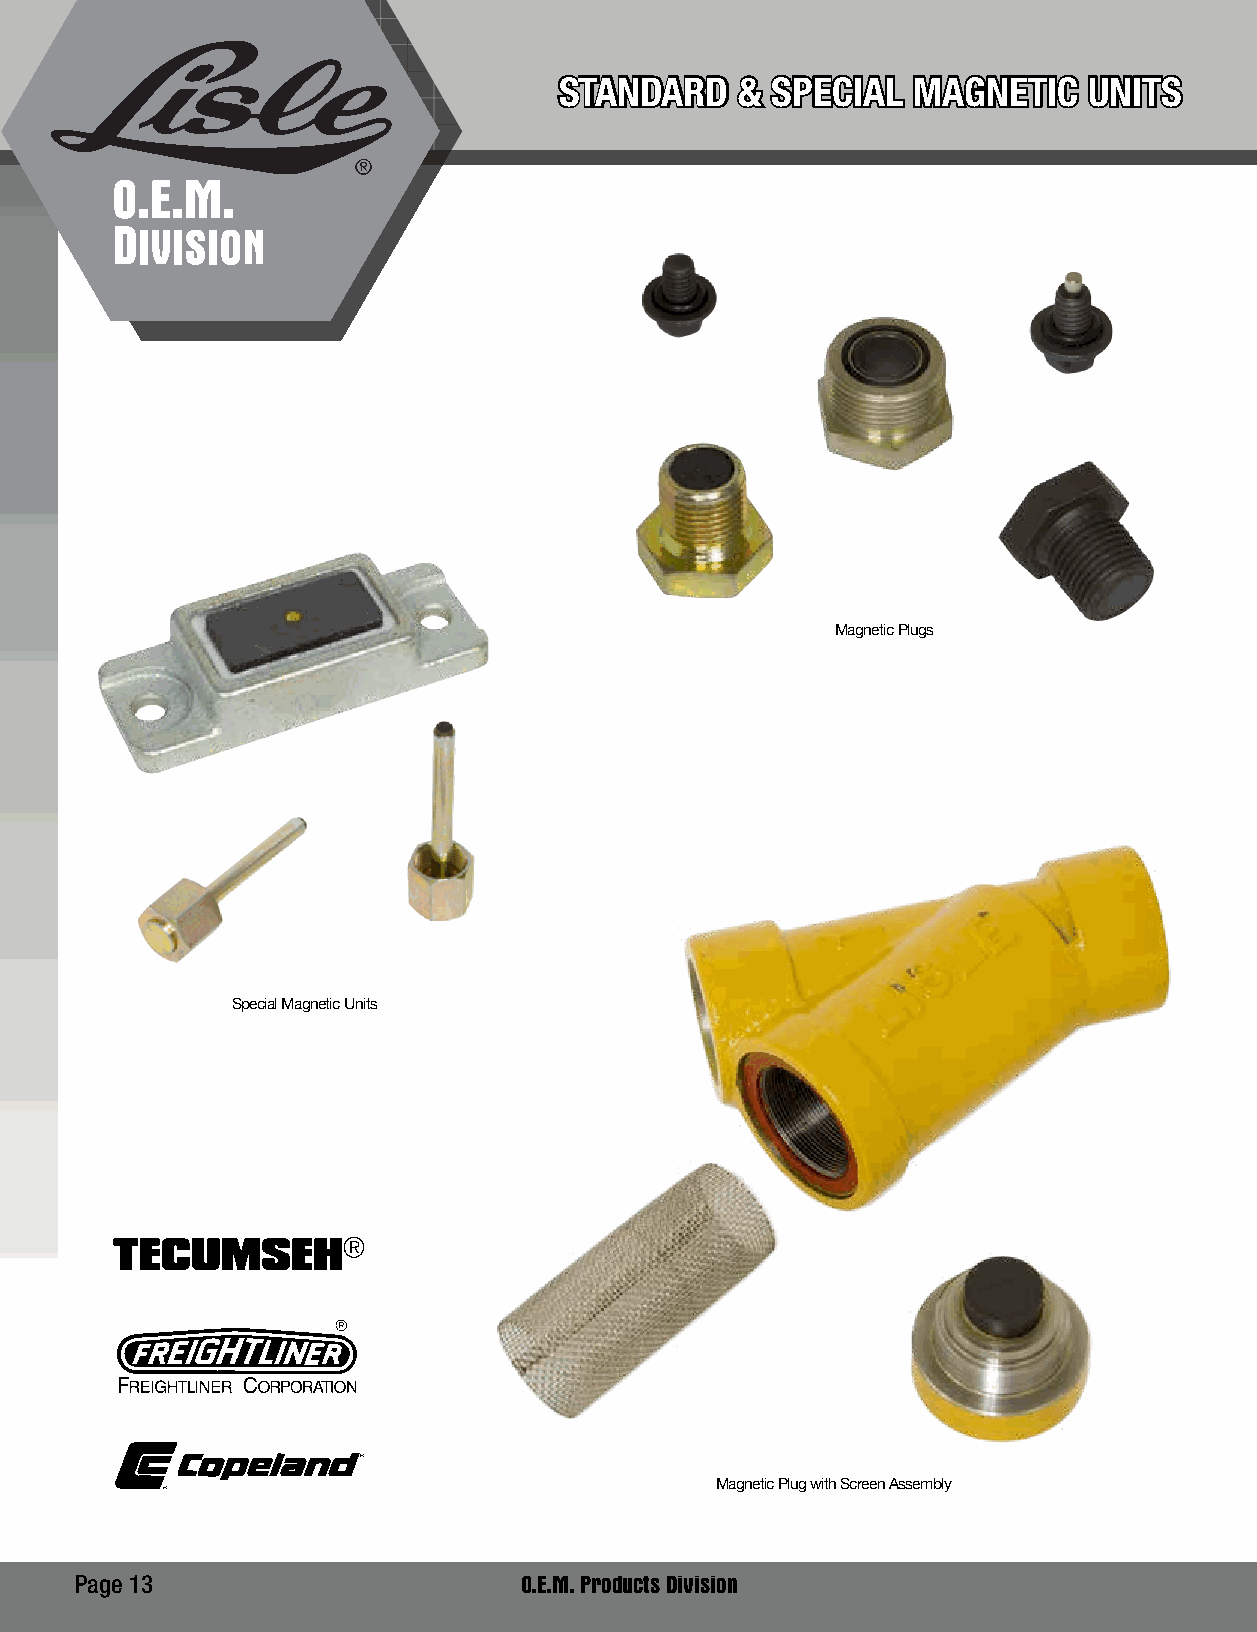
STANDARD    & SPECIAL  MAGNETIC    UNITS
 O.E.M.
 DIVISION
 Magnetic Plugs
 Special Magnetic Units
 Magnetic Plug with Screen Assembly
 Page 13                      O.E.M. Products Division